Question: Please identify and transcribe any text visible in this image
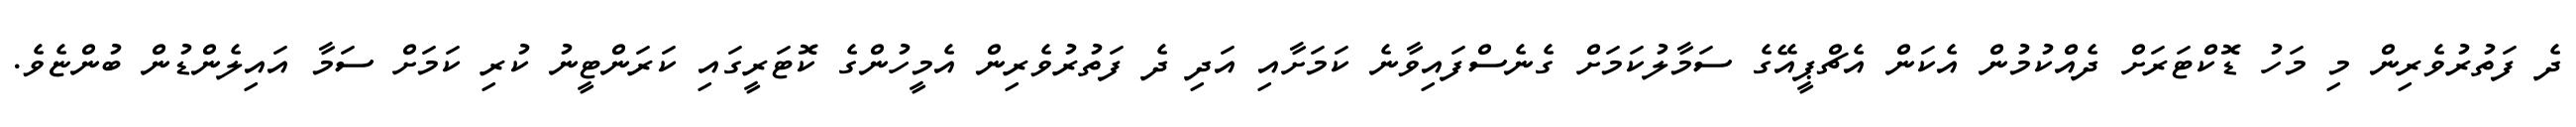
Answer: ދެ ފަތުރުވެރިން މި މަހު ޑޮކްޓަރަށް ދެއްކުމުން އެކަން އެޗްޕީއޭގެ ސަމާލުކަމަށް ގެނެސްފައިވާނެ ކަމަށާއި އަދި ދެ ފަތުރުވެރިން އެމީހުންގެ ކޮޓަރީގައި ކަރަންޓީނު ކުރި ކަމަށް ސަމާ އައިލެންޑުން ބުންޏެވެ.